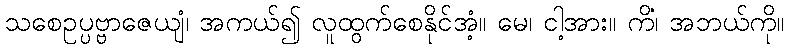
သစေဥပ္ပဗ္ဗာဇေယျံ၊ အကယ်၍ လူထွက်စေနိုင်အံ့။ မေ၊ ငါ့အား။ ကိံ၊ အဘယ်ကို။